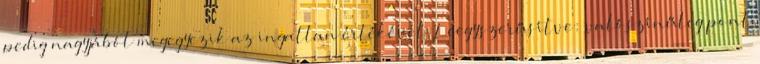
pedig nagyjából megegyezik az ingatlan értékével. Leegyszerűsítve: valószínűleg pont